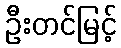
ဦးတင်မြင့်